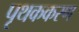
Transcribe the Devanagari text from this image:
पृथककरण